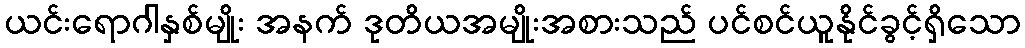
ယင်းရောဂါနှစ်မျိုး အနက် ဒုတိယအမျိုးအစားသည် ပင်စင်ယူနိုင်ခွင့်ရှိသော